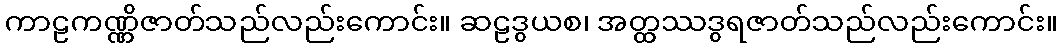
ကာဠကဏ္ဏိဇာတ်သည်လည်းကောင်း။ ဆဠဒွယစ၊ အတ္ထဿဒွရဇာတ်သည်လည်းကောင်း။